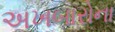
અખબારોના